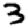
Digit: 3